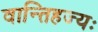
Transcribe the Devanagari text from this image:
वान्तिहज्यः